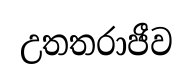
උතතරාජීව